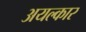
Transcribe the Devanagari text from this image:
अयल्कार